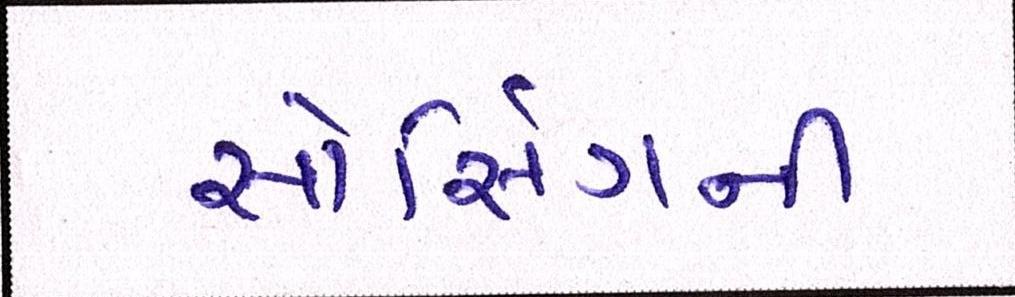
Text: સોર્સિંગની